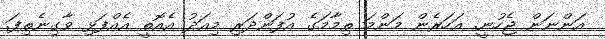
އަންނަން ޖެހުނީ. އަހަރެން މަންމަ ތިމާމަގެ އުފަންދަރި މިއަދު އެއޮތީ އެއްފަޅި ވާގިނެތިފަ.